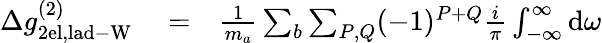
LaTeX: \begin{array}{rlr}{\Delta g_{\mathrm{2el,lad-W}}^{(2)}}&{{}=}&{\frac{1}{m_{a}}\sum_{b}\sum_{P,Q}(-1)^{P+Q}\frac{i}{\pi}\int_{-\infty}^{\infty}\mathrm{d}\omega}\end{array}